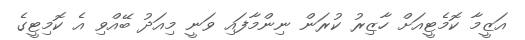
އަޒީމާ ކޮމެޓީއަށް ހާޒިރު ކުރަން ނިންމާފައި ވަނީ މިއަދު ބޭއްވި އެ ކޮމިޓީގެ